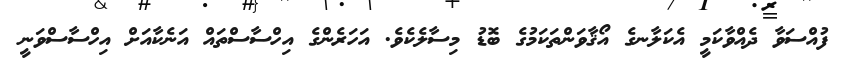
ފުއްސަވާ ދެއްވާކަމީ އެކަލާނގެ އޯޤާވަންތަކަމުގެ ބޮޑު މިސާލެކެވެ. އަހަރެންގެ އިހްސާސްތައް އަނެކާއަށް އިހްސާސްވަނީ